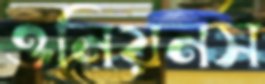
ওনিয়নস